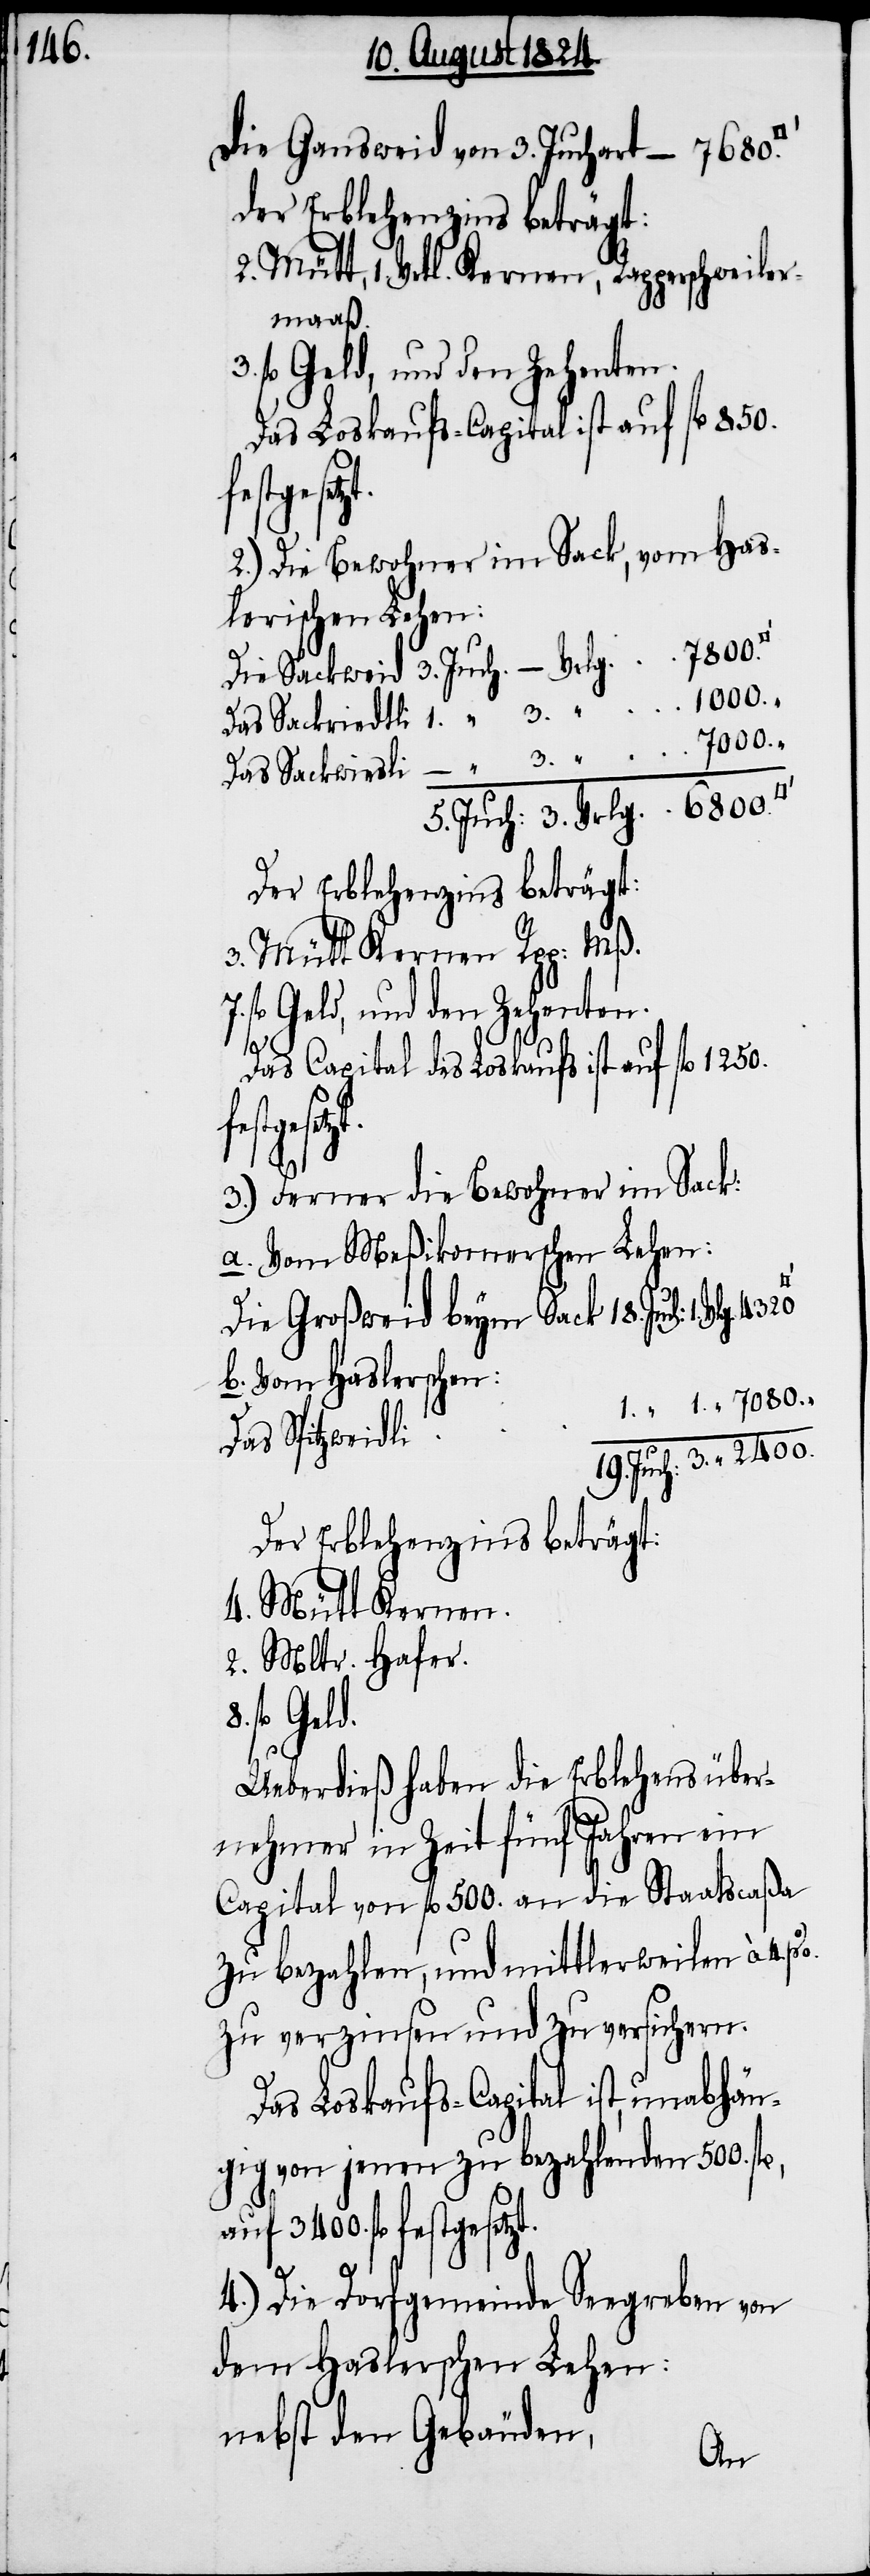
die Gansweid von 3. Juchart – 7680.
2. Mütt, 1. Vrkl. Kernen, Rapperschweiler¬
maaß.
Das Loskaufs-Capital ist auf fl. 850.
fest¬
2.) Die Bewohner im Sack, vom Has¬
lerischen Lehen:
Die Sackweid 3. Juch. – Vrlg. 7800.
Das Sackriedtli 1. “ 3. “ 1000.
Das Sackwiesli – “ 3. “ 7000.
5. Juch: 3. Vrlg. 6800.
Der Erblehenszins beträgt:
3. Mütt Kernen Rpp: Mß.
fl. Geld, und den Zehenten.
Das Capital des Loskaufs ist auf fl. 1250.
esetzt.
3.) Ferner die Bewohner im Sack:
a. Vom Meßikomerschen Lehen:
Die Großweid beym Sack 18. Juch: 1.
b. Vom Haslerschen:
1. “ 1. “ 7080.
_
19. Juch: 3. “ 2400.
Der Erblehenszins beträgt:
4. Mütt Kernen.
2. Mltr. Hafner.
fl. Geld.
Ueberdieß haben die Erblehensüber¬
nehmer in Zeit fünf Jahren ein
Capital von fl. 500. an die Staatscaßa
zu bezahlen, und mittlerweilen à 4.
zu verzinsen und zu versichern.
Das Loskaufs-Capital ist, unabhän¬
gig von jenen zu bezahlenden 500.
auf 3400. fl. festgesetzt.
4.) Die Dorfgemeinde Seegreben von
dem Haslerschen Lehen:
nebst den Gebäuden,